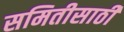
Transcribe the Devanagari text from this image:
समितीसाठी